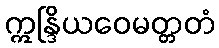
ဣန္ဒြိယဝေမတ္တတံ